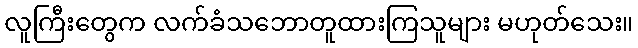
လူကြီးတွေက လက်ခံသဘောတူထားကြသူများ မဟုတ်သေး။